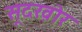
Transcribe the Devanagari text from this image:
सूदख़ोर